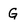
Character: G